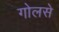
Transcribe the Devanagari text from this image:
गोलसे